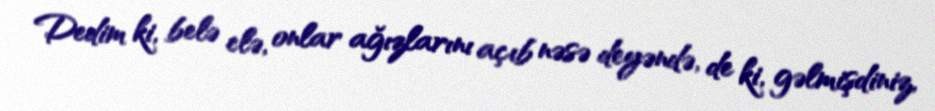
Dedim ki, belə elə, onlar ağızlarını açıb nəsə deyəndə, de ki, gəlmişdiniz,